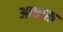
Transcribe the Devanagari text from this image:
आधारू